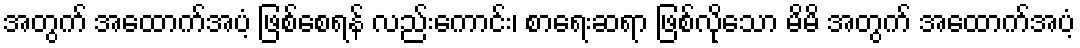
အတွက် အထောက်အပံ့ ဖြစ်စေရန် လည်းကောင်း၊ စာရေးဆရာ ဖြစ်လိုသော မိမိ အတွက် အထောက်အပံ့